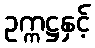
ဥက္ကဋ္ဌနှင့်